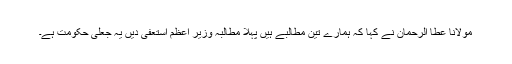
مولانا عطا الرحمان نے کہا کہ ہمارے تین مطالبے ہیں پہلا مطالبہ وزیر اعظم استعفیٰ دیں یہ جعلی حکومت ہے۔